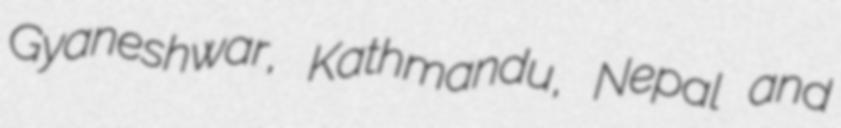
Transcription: Gyaneshwar, Kathmandu, Nepal and